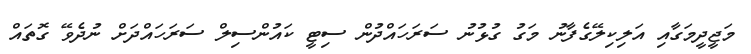
މަޖީދީމަގާއި އަލިކިލޭގެފާނު މަގު ގުޅުނު ސަރަހައްދުން ސިޓީ ކައުންސިލް ސަރަހައްދަށް ނުދެވޭ ގޮތައް